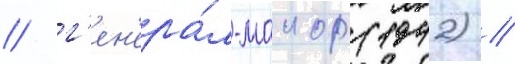
/ г'ен'ера́л-маиор (1942) //